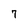
Character: 7